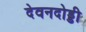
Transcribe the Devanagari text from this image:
देवनदोड्डी